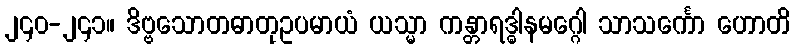
၂၄၀-၂၄၁။ ဒိဗ္ဗသောတဓာတုဥပမာယံ ယသ္မာ ကန္တာရဒ္ဓါနမဂ္ဂေါ သာသင်္ကော ဟောတိ